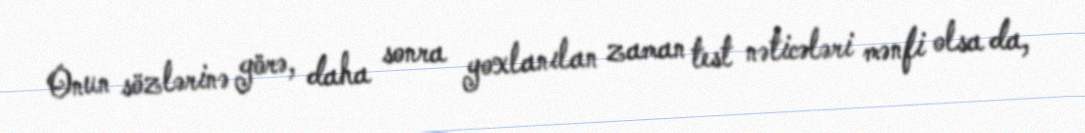
Onun sözlərinə görə, daha sonra yoxlanılan zaman test nəticələri mənfi olsa da,